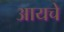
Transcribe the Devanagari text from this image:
आयचे